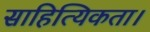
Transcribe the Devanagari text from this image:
साहित्यिकता।